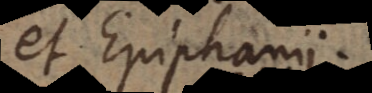
et Epiphanii.